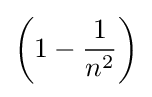
\left(1-{\frac {1}{n^{2}}}\right)